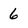
Character: 6